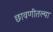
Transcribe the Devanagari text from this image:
छावणीतल्या